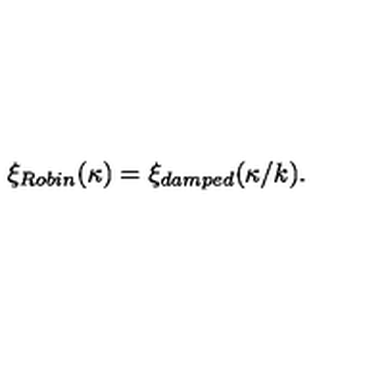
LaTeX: \xi _ { R o b i n } ( \kappa ) = \xi _ { d a m p e d } ( \kappa / k ) .